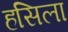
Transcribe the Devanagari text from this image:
हसिला